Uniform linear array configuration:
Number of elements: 4
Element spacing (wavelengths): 0.75
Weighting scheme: binomial
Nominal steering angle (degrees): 15
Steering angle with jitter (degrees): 14.42
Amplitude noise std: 0.05
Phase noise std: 0.05

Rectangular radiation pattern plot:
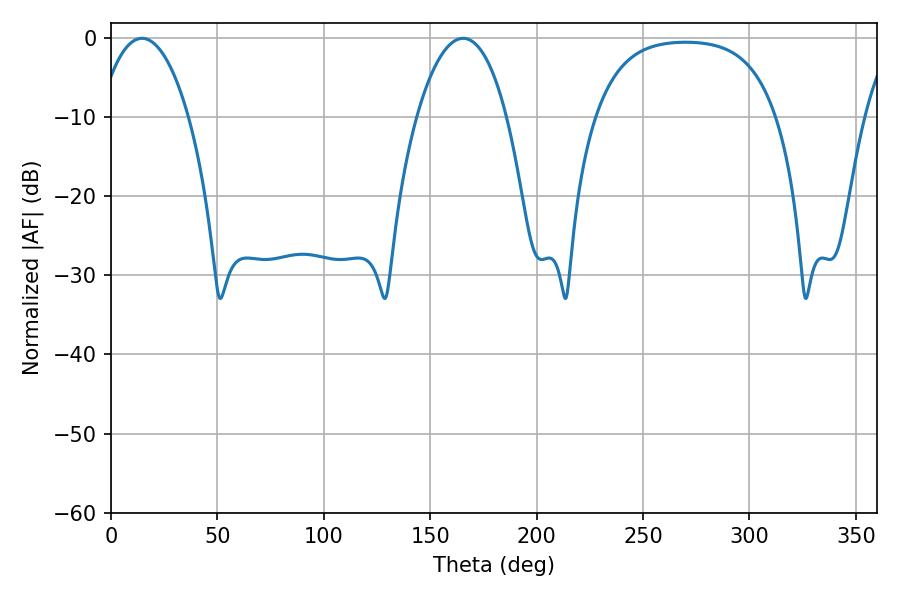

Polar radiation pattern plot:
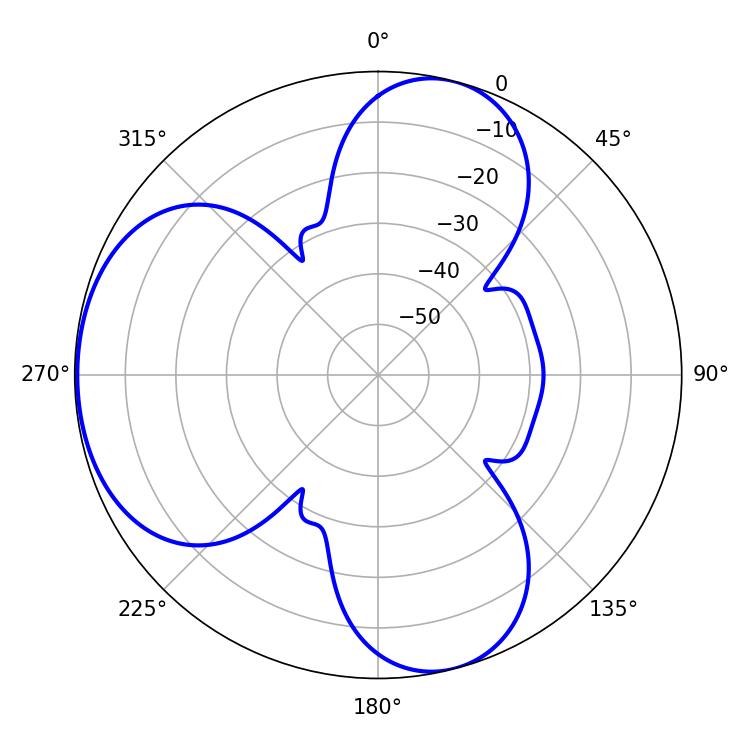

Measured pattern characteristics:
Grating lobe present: TRUE
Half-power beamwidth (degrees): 23.58
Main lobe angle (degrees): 14.58